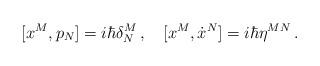
LaTeX: \begin{align*}[x^{M}, p_{N}]=i\hbar\delta^{M}_{N}\,,\quad[x^{M}, \dot{x}^{N}]=i\hbar\eta^{MN}\,.\end{align*}